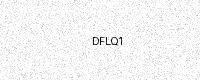
Text: DFLQ1